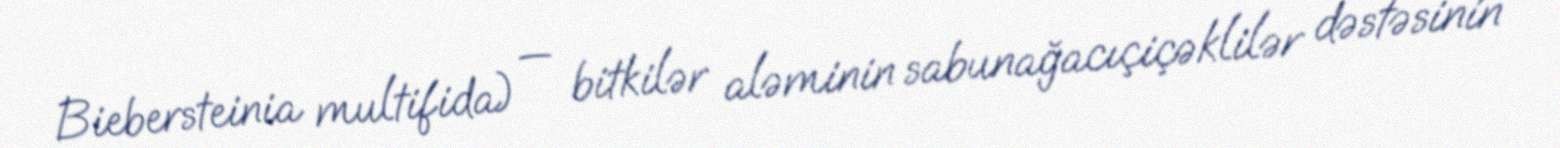
Biebersteinia multifida) — bitkilər aləminin sabunağacıçiçəklilər dəstəsinin